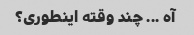
آه ... چند وقته اینطوری؟